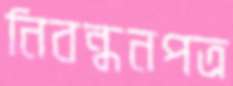
নিবন্ধনপত্র